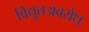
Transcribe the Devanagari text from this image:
विद्युतअवरोध